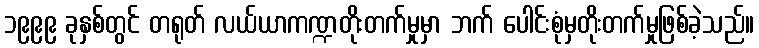
၁၉၉၉ ခုနှစ်တွင် တရုတ် လယ်ယာကဏ္ဍတိုးတက်မှုမှာ ဘက် ပေါင်းစုံမှတိုးတက်မှုဖြစ်ခဲ့သည်။